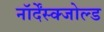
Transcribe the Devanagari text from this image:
नॉर्देंस्क्जोल्ड